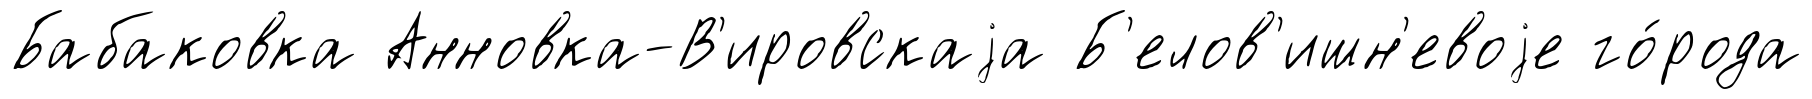
Бабаковка Анновка-В'ировскаjа Б'елов'ишн'евоjе го́рода